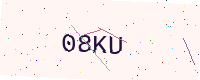
Text: 08KU